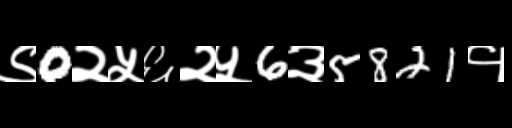
Text: ९0२५६२५6३5821१